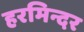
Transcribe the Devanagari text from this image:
हरमिन्दर